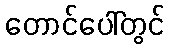
တောင်ပေါ်တွင်